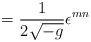
\begin{align*} = \frac{1}{2 \sqrt{-g}} \epsilon^{mn}\end{align*}